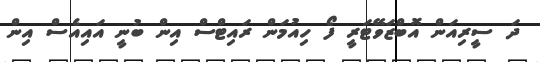
ދަ ސީރިއަން އޮބްޒަވޭޓަރީ ފޯ ހިއުމަން ރައިޓްސް އިން ބުނީ އައިއެސް އިން